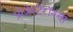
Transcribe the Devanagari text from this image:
प्रोजेस्टेरॉनचा